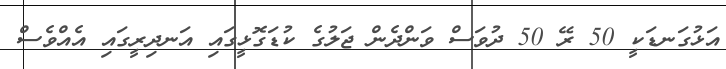
އަޅުގަނޑަކީ 50 ރޭ 50 ދުވަސް ވަންދެން ޖަލުގެ ކުޑަގޮޅީގައި އަނދިރީގައި އެއްވެސް